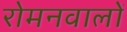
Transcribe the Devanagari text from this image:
रोमनवालों